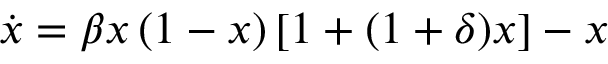
\begin{array} { r } { \dot { x } = \beta x \left( { 1 - x } \right) \left[ { 1 + ( { 1 + \delta } ) x } \right] - x } \end{array}